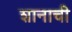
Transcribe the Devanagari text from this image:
शानाची